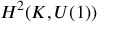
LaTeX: H ^ { 2 } ( K , U ( 1 ) )